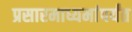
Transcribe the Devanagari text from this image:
प्रसारमाध्यमांपर्यंत